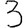
Digit: 3